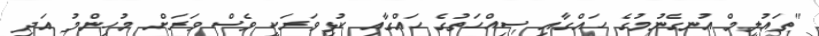
"ތައުލީމް އުނގެނުމުގެ ހައްގާއި ސިއްހަތުގެ ހައްގާއި ކުޅިވަރަކީ ވެސް ވަރަށް މުހިންމު އަދި